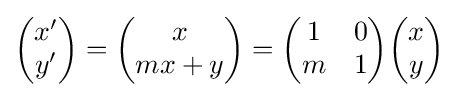
{\begin{pmatrix}x^{\prime }\\y^{\prime }\end{pmatrix}}={\begin{pmatrix}x\\mx+y\end{pmatrix}}={\begin{pmatrix}1&0\\m&1\end{pmatrix}}{\begin{pmatrix}x\\y\end{pmatrix}}